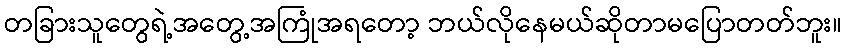
တခြားသူတွေရဲ့အတွေ့အကြုံအရတော့ ဘယ်လိုနေမယ်ဆိုတာမပြောတတ်ဘူး။